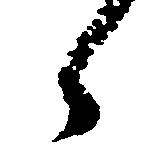
々